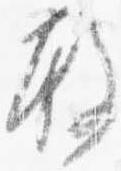
殿